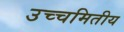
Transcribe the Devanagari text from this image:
उच्चमितीय